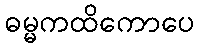
ဓမ္မကထိကောပေ